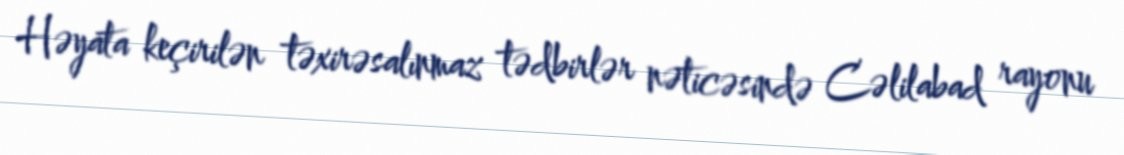
Həyata keçirilən təxirəsalınmaz tədbirlər nəticəsində Cəlilabad rayonu